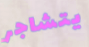
يتشاجر